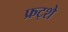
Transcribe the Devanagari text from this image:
फ्रट्शे